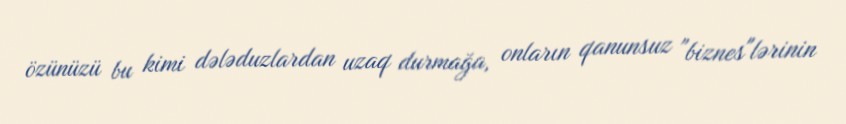
özünüzü bu kimi dələduzlardan uzaq durmağa, onların qanunsuz "biznes"lərinin